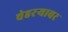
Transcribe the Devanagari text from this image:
चेहरऱ्यावर